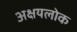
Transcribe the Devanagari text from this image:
अक्षयलोक